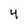
Character: 4